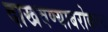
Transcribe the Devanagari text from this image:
दाखवण्याबरोबरच